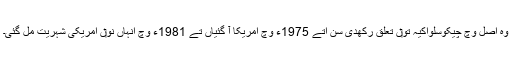
وہ اصل وچ چیکوسلواکیہ تو‏ں تعلق رکھدی سن اُتے 1975ء وچ امریکا آ گئياں تے 1981ء وچ انہاں نو‏ں امریکی شہریت مل گئی۔